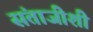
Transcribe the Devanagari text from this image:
संताजीशी